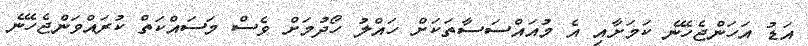
އަޑު އަހަންޖެހޭނެ ކަމަށާއި އެ މުއައްސަސާތަކަށް ހައްލު ހޯދުމަށް ވެސް މަސައްކަތް ކުރައްވަންޖެހޭނެ